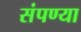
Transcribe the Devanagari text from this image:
संपण्या